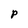
Character: P